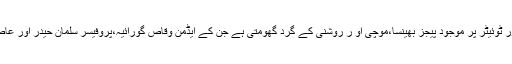
یہ ساری کہانی فیس بک اور ٹوئیٹر پر موجود پیجز بھینسا،موچی او ر روشنی کے گرد گھومتی ہے جن کے ایڈمن وقاص گورائیہ،پروفیسر سلمان حیدر اور عاصم سعید تھے، اب نہیں ہیں۔